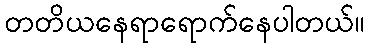
တတိယနေရာရောက်နေပါတယ်။